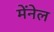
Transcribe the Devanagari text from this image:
मेंनेल